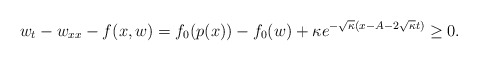
\begin{align*}w_t-w_{xx} -f(x,w) =f_0(p(x))-f_0(w)+ \kappa e^{-\sqrt{\kappa}(x-A-2\sqrt\kappa t)} \ge 0.\end{align*}